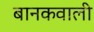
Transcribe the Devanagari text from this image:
बानकवाली